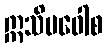
ဣသိမဝေါစ